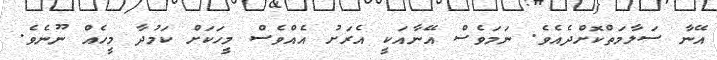
އޭނާ ސަލާމަތްކޮށްދެއެވެ. ނަމަވެސް އޭނާއަކީ އެރަށު އެއްވެސް މީހަކަށް ކަމުދާ މީހެއް ނޫނެވެ.